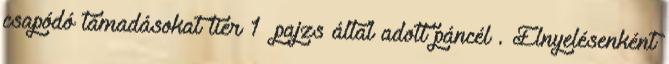
csapódó támadásokat tier 1 pajzs által adott páncél . Elnyelésenként